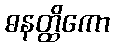
ဓနတ္ထိကော